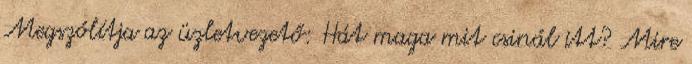
Megszólítja az üzletvezető: Hát maga mit csinál itt? Mire